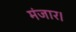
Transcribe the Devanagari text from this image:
मंजार।